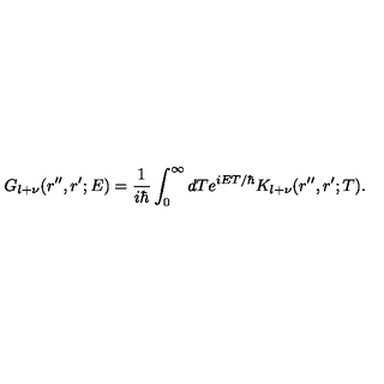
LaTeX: G _ { l + \nu } ( r ^ { \prime \prime } , r ^ { \prime } ; E ) = \frac { 1 } { i \hbar } \int _ { 0 } ^ { \infty } d T e ^ { i E T / \hbar } K _ { l + \nu } ( r ^ { \prime \prime } , r ^ { \prime } ; T ) .